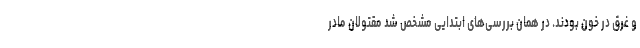
و غرق در خون بودند. در همان بررسی‌های ابتدایی مشخص شد مقتولان مادر